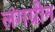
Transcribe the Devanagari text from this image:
लंगग्रीन